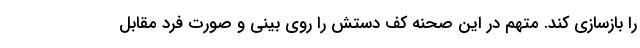
را بازسازی کند. متهم در این صحنه کف دستش را روی بینی و صورت فرد مقابل